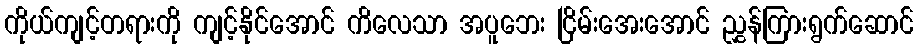
ကိုယ်ကျင့်တရားကို ကျင့်နိုင်အောင် ကိလေသာ အပူဘေး ငြိမ်းအေးအောင် ညွှန်ကြားရွက်ဆောင်